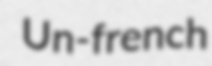
Un-french